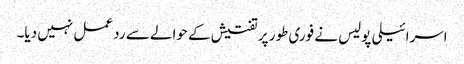
اسرائیلی پولیس نے فوری طور پر تفتیش کے حوالے سے رد عمل نہیں دیا۔